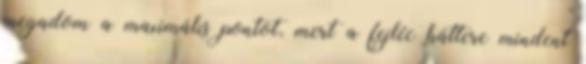
megadom a maximális pontot, mert a fejléc háttere mindent